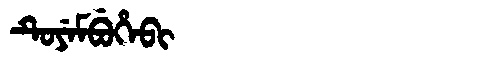
Manchu: ᡨᡠᠶᡝᠮᠪᡠᡥᡝᠪᡳ
Romanization: TUYEMBUHEBI